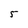
Character: 5